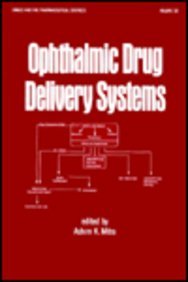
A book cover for Ophthalmic Drug Del Systms (Drugs and the Pharmaceutical Sciences); Ashim K. Mitra; Medical Books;